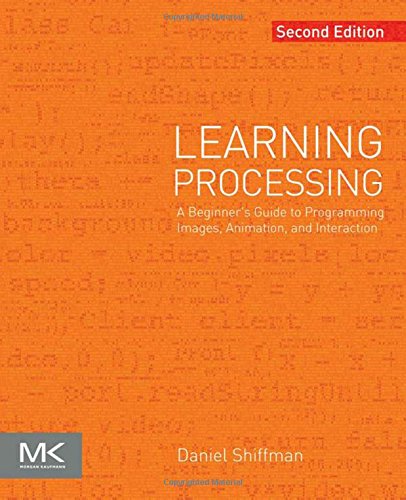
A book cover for Learning Processing, Second Edition: A Beginner's Guide to Programming Images, Animation, and Interaction (The Morgan Kaufmann Series in Computer Graphics); Daniel Shiffman; Computers & Technology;